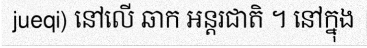
jueqi) នៅលើ ឆាក អន្តរជាតិ ។ នៅក្នុង